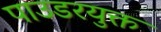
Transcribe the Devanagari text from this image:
पाउडरयुक्त